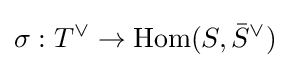
\sigma :T^{\vee }\to \mathrm {Hom} (S,{\bar {S}}^{\vee })